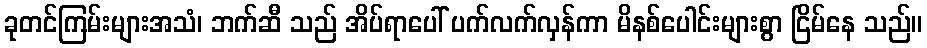
ခုတင်ကြမ်းများအသံ၊ ဘက်ဆီ သည် အိပ်ရာပေါ် ပက်လက်လှန်ကာ မိနစ်ပေါင်းများစွာ ငြိမ်နေ သည်။